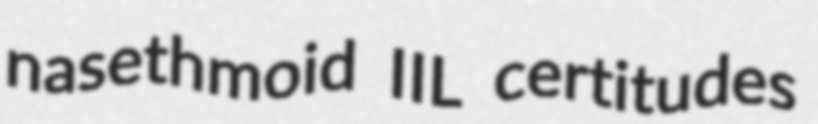
nasethmoid IIL certitudes